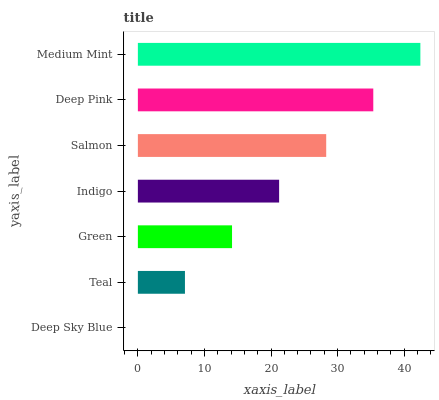
| yaxis_label | bars |
 | --- | --- |
 | Deep Sky Blue | 0 |
 | Teal | 7.07 |
 | Green | 14.1 |
 | Indigo | 21.2 |
 | Salmon | 28.3 |
 | Deep Pink | 35.4 |
 | Medium Mint | 42.4 |